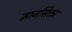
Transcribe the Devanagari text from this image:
मानसिक्ता